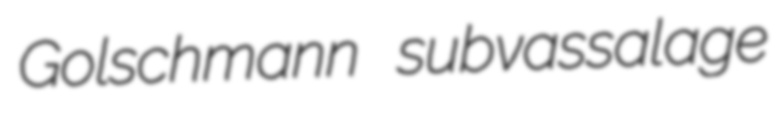
Golschmann subvassalage